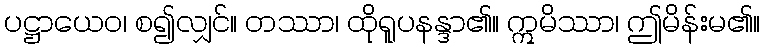
ပဋ္ဌာယေဝ၊ စ၍လျှင်။ တဿာ၊ ထိုရူပနန္ဒာ၏။ ဣမိဿာ၊ ဤမိန်းမ၏။